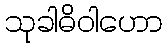
သုခါဓိဝါဟော